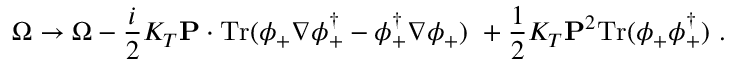
\Omega \to \Omega - \frac i 2 K _ { T } { \bf P } \cdot \mathrm { T r } ( \phi _ { + } \nabla \phi _ { + } ^ { \dagger } - \phi _ { + } ^ { \dagger } \nabla \phi _ { + } ) \ + \frac 1 2 K _ { T } { \bf P } ^ { 2 } \mathrm { T r } ( \phi _ { + } \phi _ { + } ^ { \dagger } ) \ .